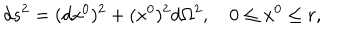
d s ^ { 2 } = ( d x ^ { 0 } ) ^ { 2 } + ( x ^ { 0 } ) ^ { 2 } d \Omega ^ { 2 } , \quad 0 \le x ^ { 0 } \le r ,